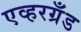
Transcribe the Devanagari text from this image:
एव्हरग्रँड